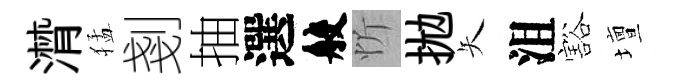
潸猛剗抽選般忻拋矢沮豁壇